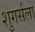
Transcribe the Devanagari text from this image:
शुगर्सला